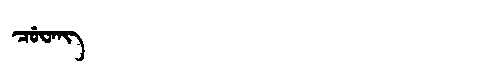
Manchu: ᠴᡠᠸᠠᠩ
Romanization: CUWANG